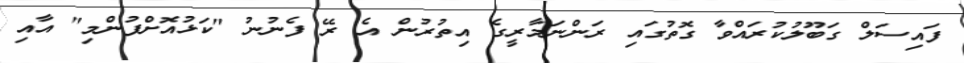
ފައިސަލް ގަބޫލުކުރައްވާ ގޮތުގައި ރަންނަމާރީގެ އިތުރުން އެ ރޭ ފެނުނު "ކަޅުއޮށްފުންމި" އާއި